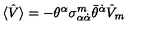
\langle \hat { V } \rangle = - \theta ^ { \alpha } \sigma _ { \alpha \dot { \alpha } } ^ { m } \bar { \theta } ^ { \dot { \alpha } } \hat { V } _ { m }